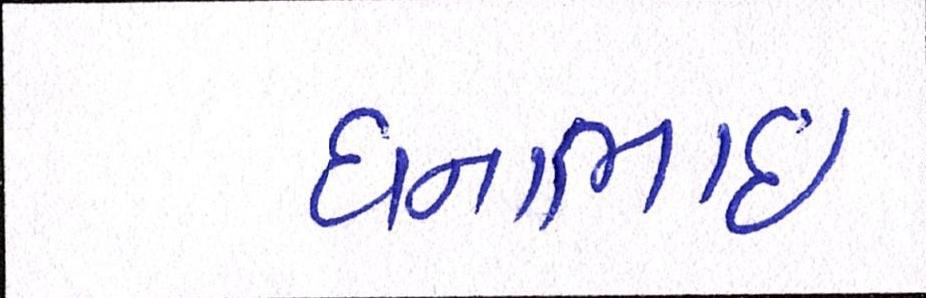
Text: ધનાભાઇ